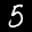
Digit: 5